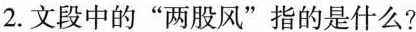
2.文段中的“两股风”指的是什么?